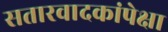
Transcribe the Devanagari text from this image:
सतारवादकांपेक्षा